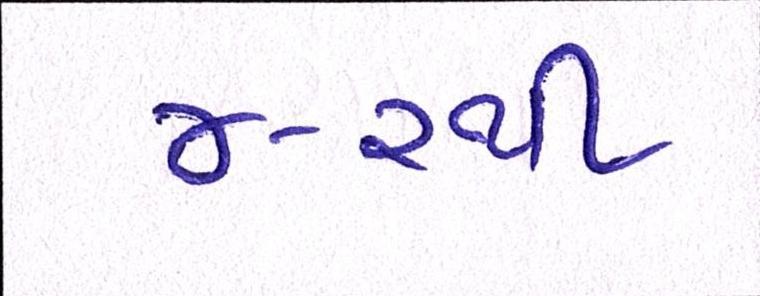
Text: ૪-૨થી